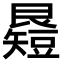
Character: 𥐉